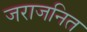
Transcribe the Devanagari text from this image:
जराजनित